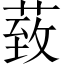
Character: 𦳙